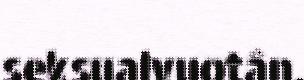
seksualvuotân.